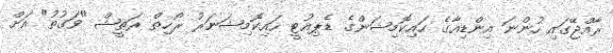
ރާއްޖޭގައި ހުންނަ އިންޑިއާގެ ހައިކޮމިޝަންގެ ޑެޕިއުޓީ ހައިކޮމިޝަނަރު ރޯހިތް ރަތީޝް "ވަގުތު" އަށް